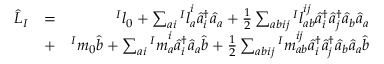
\begin{array} { r l r } { \hat { L } _ { I } } & { = } & { { ^ I l } _ { 0 } + \sum _ { a i } { ^ I l } _ { a } ^ { i } \hat { a } _ { i } ^ { \dagger } \hat { a } _ { a } + \frac { 1 } { 2 } \sum _ { a b i j } { ^ I l } _ { a b } ^ { i j } \hat { a } _ { i } ^ { \dagger } \hat { a } _ { j } ^ { \dagger } \hat { a } _ { b } \hat { a } _ { a } } \\ & { + } & { { ^ I m } _ { 0 } \hat { b } + \sum _ { a i } { ^ I m } _ { a } ^ { i } \hat { a } _ { i } ^ { \dagger } \hat { a } _ { a } \hat { b } + \frac { 1 } { 2 } \sum _ { a b i j } { ^ I m } _ { a b } ^ { i j } \hat { a } _ { i } ^ { \dagger } \hat { a } _ { j } ^ { \dagger } \hat { a } _ { b } \hat { a } _ { a } \hat { b } } \end{array}